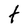
Character: t